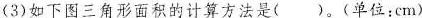
(3)如下图三角形面积的计算方法是( )。(单位：cm)